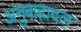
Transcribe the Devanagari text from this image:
अनुबाह्यदल